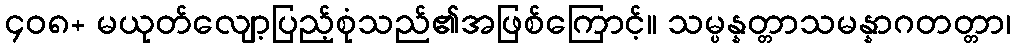
၄၀၈+ မယုတ်လျော့ပြည့်စုံသည်၏အဖြစ်ကြောင့်။ သမ္ပန္နတ္တာသမန္နာဂတတ္တာ၊